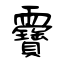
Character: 靌